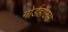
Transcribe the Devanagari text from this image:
नोर्डहॉउस